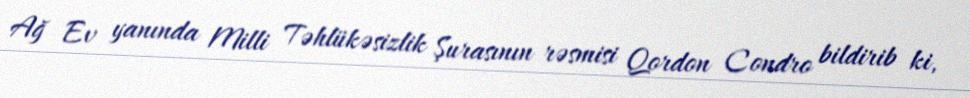
Ağ Ev yanında Milli Təhlükəsizlik Şurasının rəsmisi Qordon Condro bildirib ki,